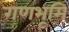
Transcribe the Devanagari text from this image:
गणभूमि